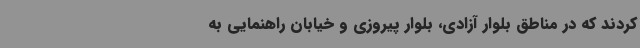
کردند که در مناطق بلوار آزادی، بلوار پیروزی و خیابان راهنمایی به